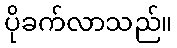
ပိုခက်လာသည်။